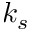
k _ { s }